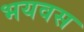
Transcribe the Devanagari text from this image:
भयवस